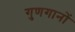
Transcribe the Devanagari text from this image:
गुणगानों